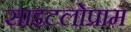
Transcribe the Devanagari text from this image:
साइटलोप्राम